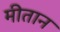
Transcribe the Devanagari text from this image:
मीतान